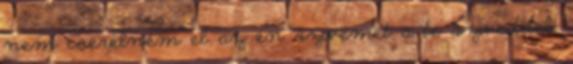
nem cserélném el az én szívemet a te szíveddel.